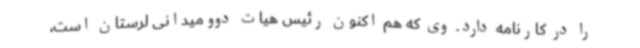
را در کارنامه دارد. وی که هم اکنون رئیس هیات دوومیدانی لرستان است،